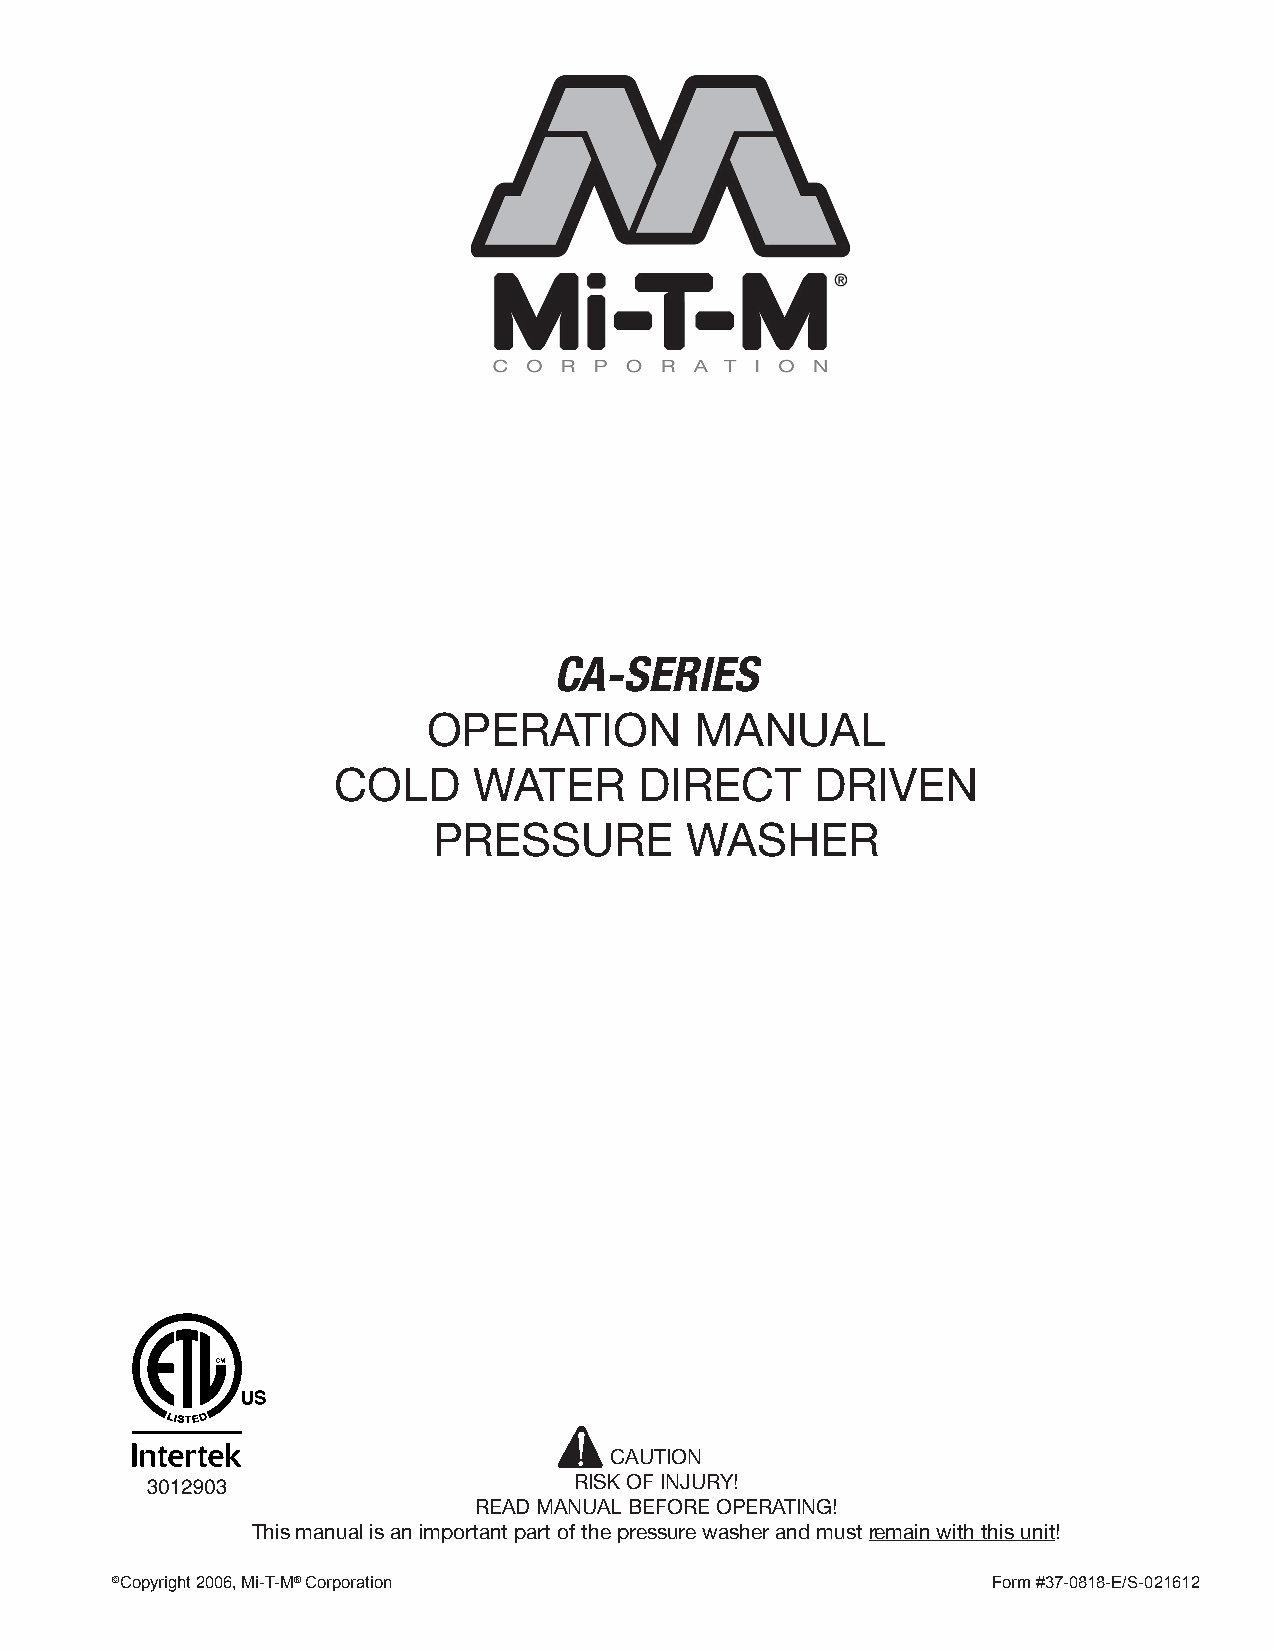
CA-SERIES
 OPERATION         MANUAL
 COLD     WATER      DIRECT      DRIVEN
 PRESSURE        WASHER
 CAUTION
 RISK OF INJURY!
 READ MANUAL BEFORE OPERATING!
 This manual is an important part of the pressure washer and must remain with this unit!
 C©CAo-pSyerriigehst O20p0e6ra, tMori’-sT -MMa®n Cuaolr p oration For m #37-08118-E/S-021612